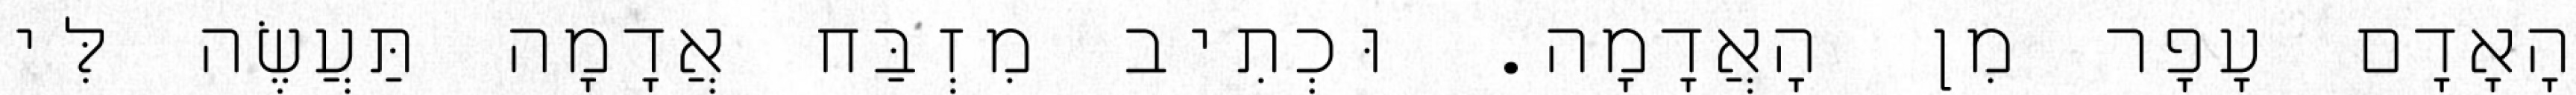
הָאָדָם עָפָר מִן הָאֲדָמָה. וּכְתִיב מִזְבַּח אֲדָמָה תַּעֲשֶׂה לִּי